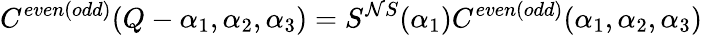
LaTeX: C^{even(odd)}(Q-\alpha_{1},\alpha_{2},\alpha_{3})=S^{\mathcal{N}S}(\alpha_{1})C^{even(odd)}(\alpha_{1},\alpha_{2},\alpha_{3})